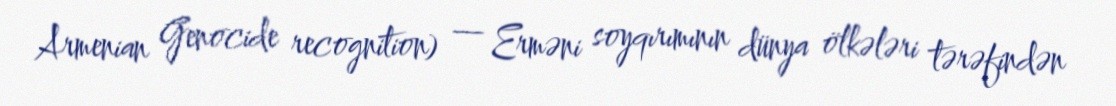
Armenian Genocide recognition) — Erməni soyqırımının dünya ölkələri tərəfindən